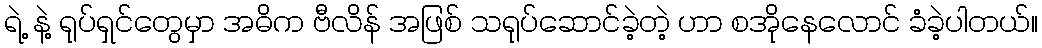
ရဲ့ နဲ့ ရုပ်ရှင်တွေမှာ အဓိက ဗီလိန် အဖြစ် သရုပ်ဆောင်ခဲ့တဲ့ ဟာ စအိုနေလောင် ခံခဲ့ပါတယ်။